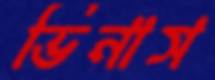
ভিনাস